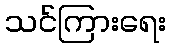
သင်ကြားရေး